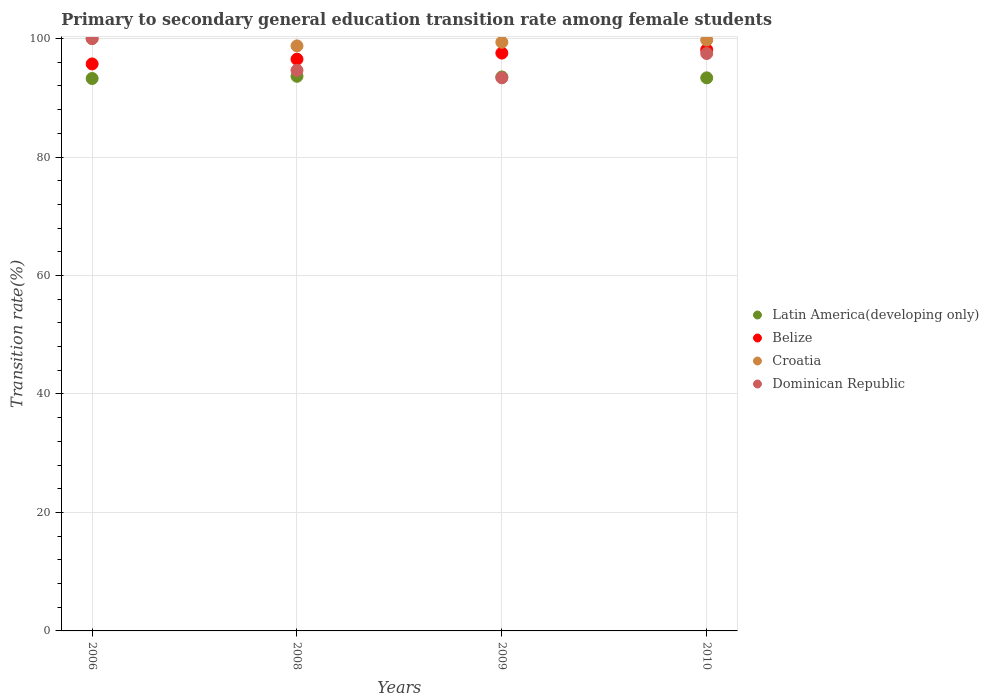
| Years | Latin America(developing only) | Belize | Croatia | Dominican Republic |
 | --- | --- | --- | --- | --- |
 | 2006 | 93.3 | 95.7 | 100 | 100 |
 | 2008 | 93.6 | 96.5 | 98.8 | 94.6 |
 | 2009 | 93.5 | 97.6 | 99.4 | 93.4 |
 | 2010 | 93.4 | 98.1 | 99.8 | 97.5 |